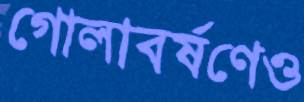
গোলাবর্ষণেও